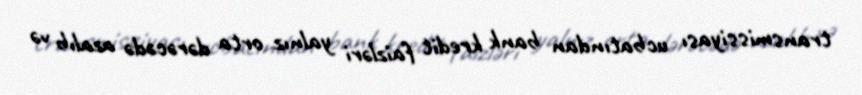
transmissiyası ucbatından bank kredit faizləri yalnız orta dərəcədə azalıb və